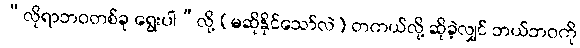
“လိုရာဘဝတစ်ခု ရွေးပါ”လို့ (မဆိုနိုင်သော်လဲ) တကယ်လို့ ဆိုခဲ့လျှင် ဘယ်ဘဝကို